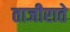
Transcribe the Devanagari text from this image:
ताजीराते